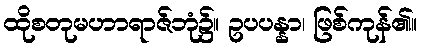
ထိုစတုမဟာရာဇ်ဘုံ၌။ ဥပပန္နာ၊ ဖြစ်ကုန်၏။